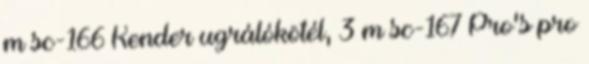
m sc-166 Kender ugrálókötél, 3 m sc-167 Pro's pro